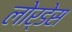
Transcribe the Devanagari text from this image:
लोर्डेस